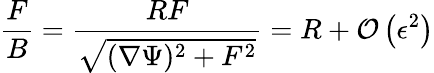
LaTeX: \frac{F}{B}=\frac{RF}{\sqrt{(\nabla\Psi)^{2}+F^{2}}}=R+\mathcal{O}\left(\epsilon^{2}\right)